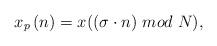
LaTeX: \begin{align*}x_{p}\left(n \right)= x((\sigma \cdot n)~mod\;N),\end{align*}